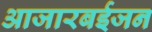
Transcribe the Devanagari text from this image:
आजारबईजन